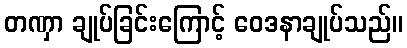
တဏှာ ချုပ်ခြင်းကြောင့် ဝေဒနာချုပ်သည်။